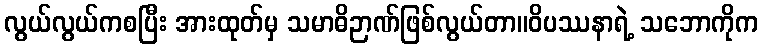
လွယ်လွယ်ကစပြီး အားထုတ်မှ သမာဓိဉာဏ်ဖြစ်လွယ်တာ။ဝိပဿနာရဲ့ သဘောကိုက